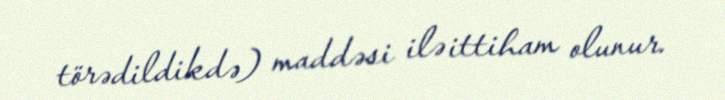
törədildikdə) maddəsi ilə ittiham olunur.